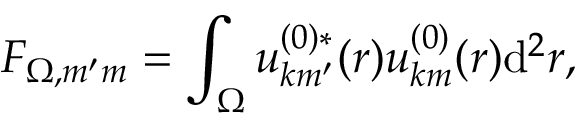
F _ { \Omega , m ^ { \prime } m } = \int _ { \Omega } u _ { \boldsymbol { k } m ^ { \prime } } ^ { ( 0 ) * } ( \boldsymbol { r } ) u _ { \boldsymbol { k } m } ^ { ( 0 ) } ( \boldsymbol { r } ) \mathrm { d } ^ { 2 } \boldsymbol { r } ,